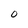
Character: 0